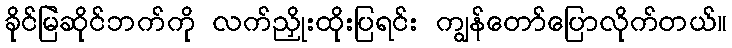
ခိုင်မြဲဆိုင်ဘက်ကို လက်ညှိုးထိုးပြရင်း ကျွန်တော်ပြောလိုက်တယ်။